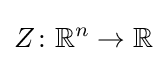
Z\colon \mathbb {R} ^{n}\to \mathbb {R}